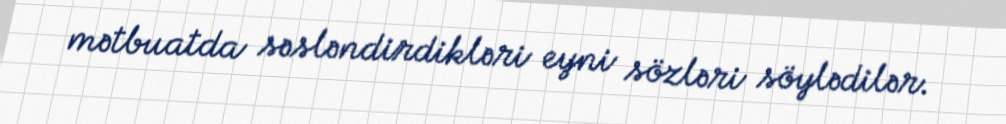
mətbuatda səsləndirdikləri eyni sözləri söylədilər.